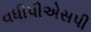
વધીપીએસપી